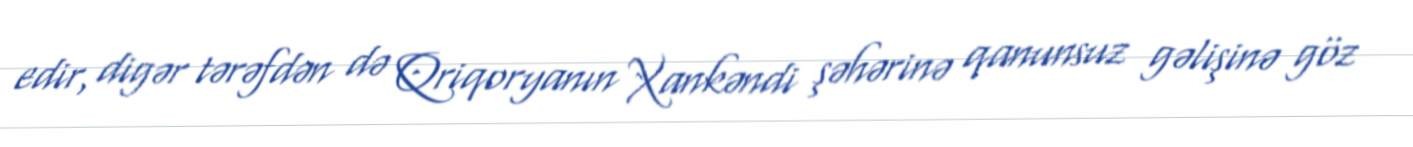
edir, digər tərəfdən də Qriqoryanın Xankəndi şəhərinə qanunsuz gəlişinə göz